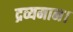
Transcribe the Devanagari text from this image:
द्रव्यमान।